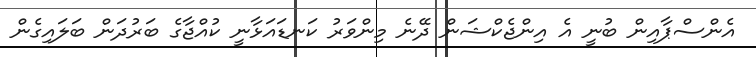
އެންސްޕާއިން ބުނީ އެ އިންޖެކްޝަން ދޭނެ މިންވަރު ކަނޑައަޅާނީ ކުއްޖާގެ ބަރުދަން ބަލައިގެން